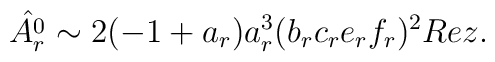
\hat{A_r^0}\sim2(-1+a_r)a_r^3(b_rc_re_rf_r)^2Re z.